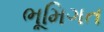
ભૂમિગત